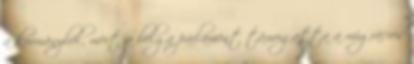
a kormányból, mert a belga parlament támogatta a migrációs